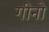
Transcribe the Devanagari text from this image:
गीनो